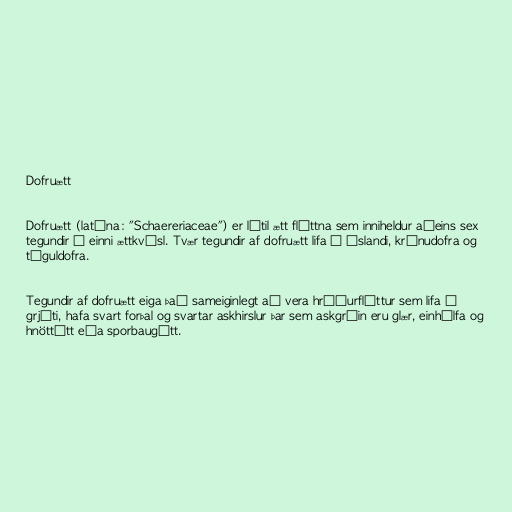
Dofruætt

Dofruætt (latína: "Schaereriaceae") er lítil ætt fléttna sem inniheldur aðeins sex
tegundir í einni ættkvísl. Tvær tegundir af dofruætt lifa á Íslandi, krónudofra og
tíguldofra.

Tegundir af dofruætt eiga það sameiginlegt að vera hrúðurfléttur sem lifa á
grjóti, hafa svart forþal og svartar askhirslur þar sem askgróin eru glær, einhólfa og
hnöttótt eða sporbaugótt.